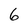
Character: 6